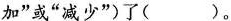
加”或”减少”)了( )。